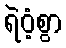
ရဲဝံ့စွာ